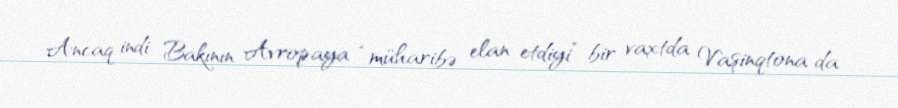
Ancaq indi Bakının Avropaya “müharibə elan etdiyi” bir vaxtda Vaşinqtona da